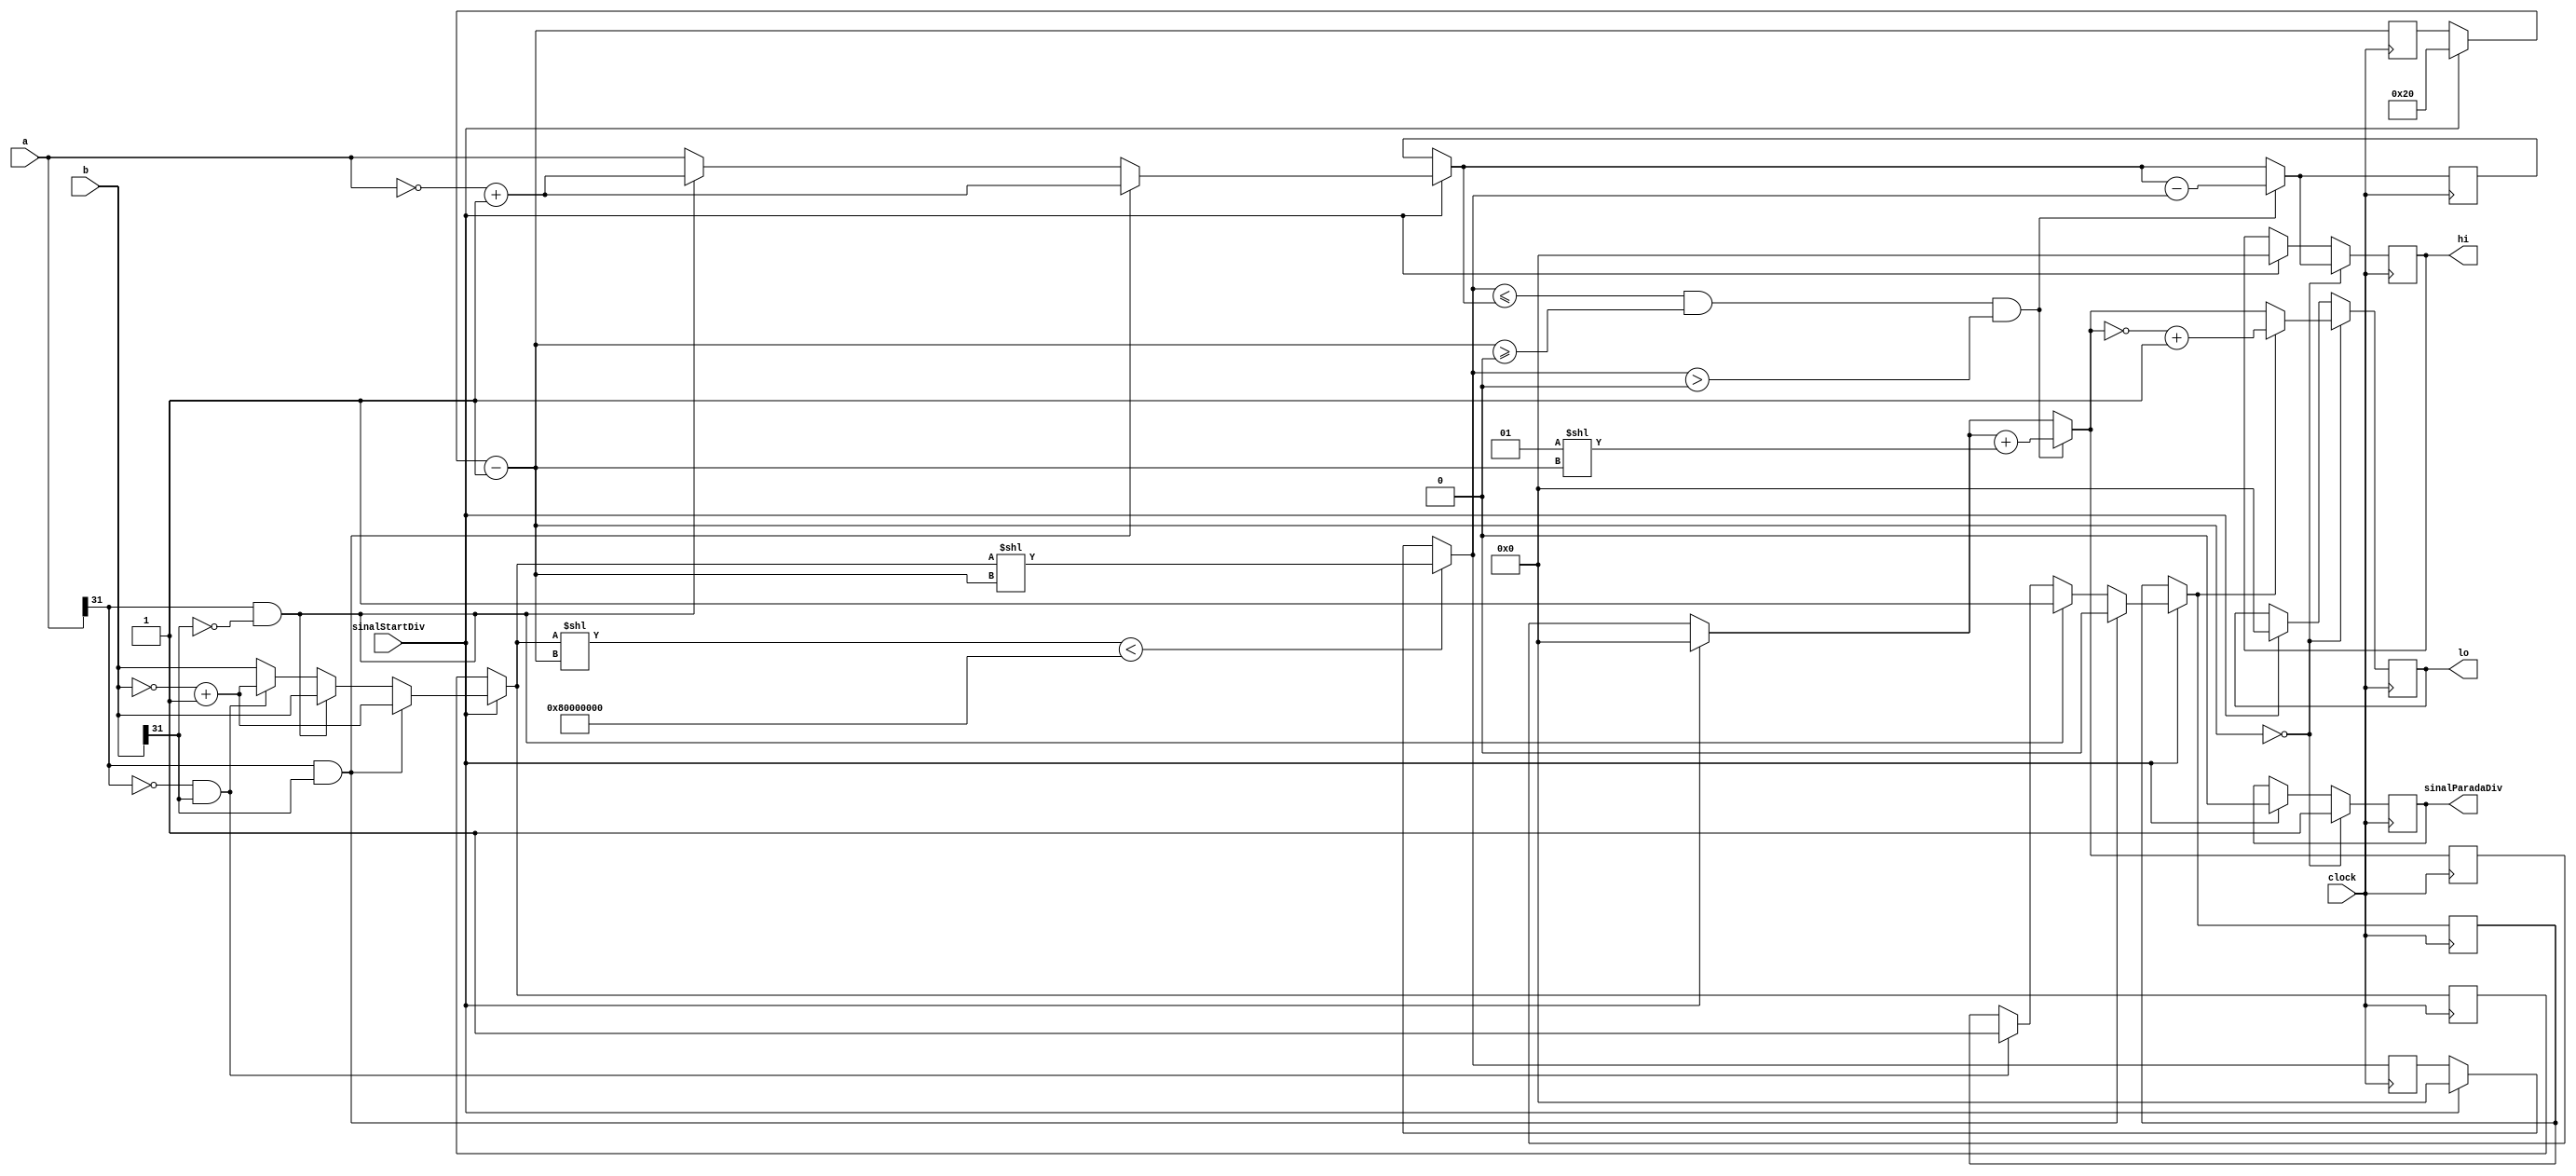
module Div (
    input clock,
    input sinalStartDiv,
    input [31:0] a,
    input [31:0] b,
    output reg [31:0] hi, lo,
    output reg sinalParadaDiv
    
);

reg [5:0] contagemDeCiclos; // b'100000
reg [31:0] soma; 
reg [31:0] auxilioA;
reg [31:0] AuxilioB, auxilioBB, auxilioBBB;  
reg negativo;


initial begin       //garantir valores iniciais padroes
    contagemDeCiclos = 31; //diminuir os bits
    auxilioA = 0;
    AuxilioB = 0;
    negativo = 0;
    auxilioBB = 0;
    hi = 0;
    lo = 0;
    soma = 0;
    sinalParadaDiv = 0;
end
// o sinal "~" faz complemento de 2
always @(posedge clock) begin
    if(sinalStartDiv == 1) begin //controle positivo
        contagemDeCiclos = 32;
        auxilioA = a;
        AuxilioB = 0;
        auxilioBB = b;
        hi = 0;
        lo = 0;
        soma = 0;
        sinalParadaDiv = 0;
        
        //verificando sinal dos valores de entrada
        if((a[31] == 1) && (b[31] == 1)) begin //inverto os dois para tornar a conta normal(sem precisar usar complemento2 depois)
            negativo = 0;
            auxilioA = ~auxilioA+1;
            auxilioBB = ~auxilioBB+1;
            auxilioBBB = ~auxilioBBB+1;
        end 
        else if ((a[31] == 1) && (b[31] == 0)) begin
            negativo = 1;   //sinal para complemento2
            auxilioA = ~auxilioA+1;
        end
        else if ((a[31] == 0) && (b[31] == 1)) begin
            negativo = 1;   //sinal para complemento2
            auxilioBB = ~auxilioBB+1; 
            auxilioBBB = ~auxilioBBB+1; 
        end
    end 
    contagemDeCiclos = contagemDeCiclos-1;

   if((auxilioBB<<contagemDeCiclos) < {{32{1'b0}},2147483648})begin
        AuxilioB = auxilioBB<<contagemDeCiclos;
   end
        auxilioBBB = auxilioBB<<contagemDeCiclos;
    //passagem de ciclos
    if((AuxilioB<=auxilioA) && (contagemDeCiclos>=0) && (AuxilioB>0)) begin
        soma = soma+{1<<contagemDeCiclos};
        auxilioA = auxilioA - AuxilioB;
    end
    if (contagemDeCiclos == 0) begin
        hi = auxilioA;          //resto
        lo = soma;              //resultado (quociente)
        sinalParadaDiv = 1;
    if(negativo == 1)begin      //revertendo quociente se caso tenha acontecido operacoes com negativos
        lo = {~lo}+1;
    end
end

end 
endmodule